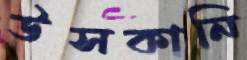
উসকানি